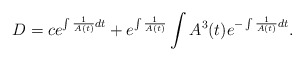
\begin{align*} D=c e^{\int \frac{1}{A(t)}dt } + e^{\int \frac{1}{A(t)}} \int A^3(t) e^{- \int \frac{1}{A(t)} dt}.\end{align*}